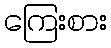
ကြေးစား